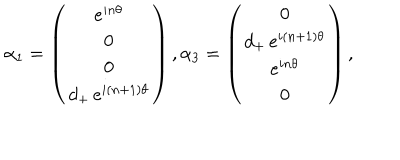
\alpha _ { 1 } = \left( \begin{array} { c } { { e ^ { i n \theta } } } \\ { { 0 } } \\ { { 0 } } \\ { { d _ { + } \, e ^ { i ( n + 1 ) \theta } } } \\ \end{array} \right) , \alpha _ { 3 } = \left( \begin{array} { c } { { 0 } } \\ { { d _ { + } \, e ^ { i ( n + 1 ) \theta } } } \\ { { e ^ { i n \theta } } } \\ { { 0 } } \\ \end{array} \right) ,